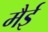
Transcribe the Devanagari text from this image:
मैई